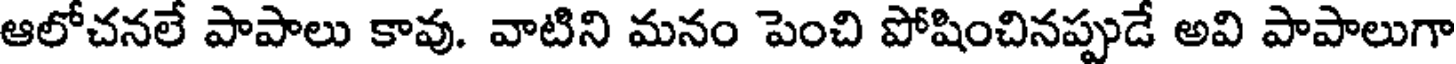
ఆలోచనలే పాపాలు కావు. వాటిని మనం పెంచి పోషించినప్పుడే అవి పాపాలుగా